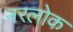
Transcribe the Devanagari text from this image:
नरलोक